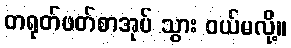
တရုတ်ဖတ်စာအုပ် သွား ဝယ်မလို့။